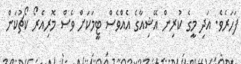
ފަހަރެވެ. އަދި މީގެ ކުރިން އޭޝިއާގެ އެއްވެސް ޓީމަކަށް ވެސް މޮރިއެރޯ ކޯޗުކަން